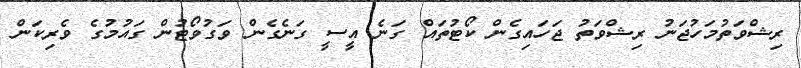
ރިޝްވަތުމަހުޖަނު ރިޝްވަތު ޖަހައިގެން ކޯޓުތައް ގަނެ އީސީ ގަނެގެން ވަގުވޯޓުން ގައުމުގެ ވެރިކަން